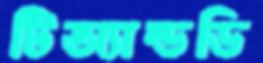
টিঅ্যান্ডডি